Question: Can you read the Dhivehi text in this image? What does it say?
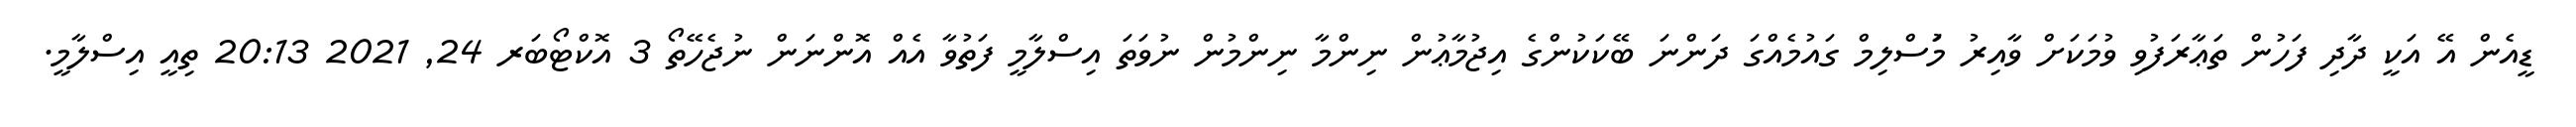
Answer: ޑީއެން އޭ އަކީ ދާދި ފަހުން ތަޢާރަފުވި ވުމަކަށް ވާއިރު މުަސްލިމް ގައުމެއްގަ ދަންނަ ބޭކަކުންގެ އިޖުމާޢުން ނިންމާ ނިންމުން ނުވަތަ އިސްލާމީ ފަތުވާ އެއް އޮންނަން ނުޖެހޭތޯ 3 އޮކްޓޯބަރ 24, 2021 20:13 ތިއީ އިސްލާމީ.